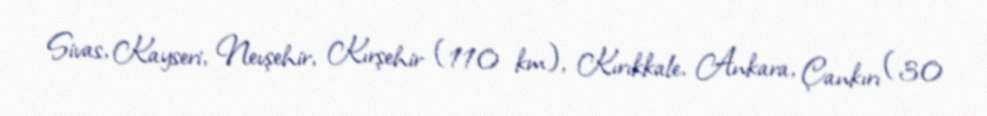
Sivas, Kayseri, Nevşehir, Kırşehir (110 km), Kırıkkale, Ankara, Çankırı (30